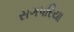
સગપરિયા